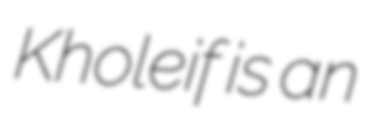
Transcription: Kholeif is an